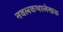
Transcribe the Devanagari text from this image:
नवलकथालेखक